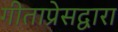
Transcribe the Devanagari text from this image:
गीताप्रेसद्वारा